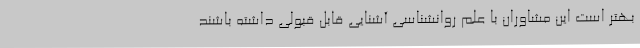
بهتر است این مشاوران با علم روانشناسی آشنایی قابل قبولی داشته باشند